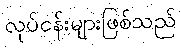
လုပ်ငန်းများဖြစ်သည်